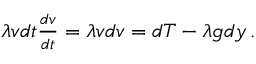
\begin{array} { r } { \lambda v d t \frac { d v } { d t } = \lambda v d v = d T - \lambda g d y \, . } \end{array}